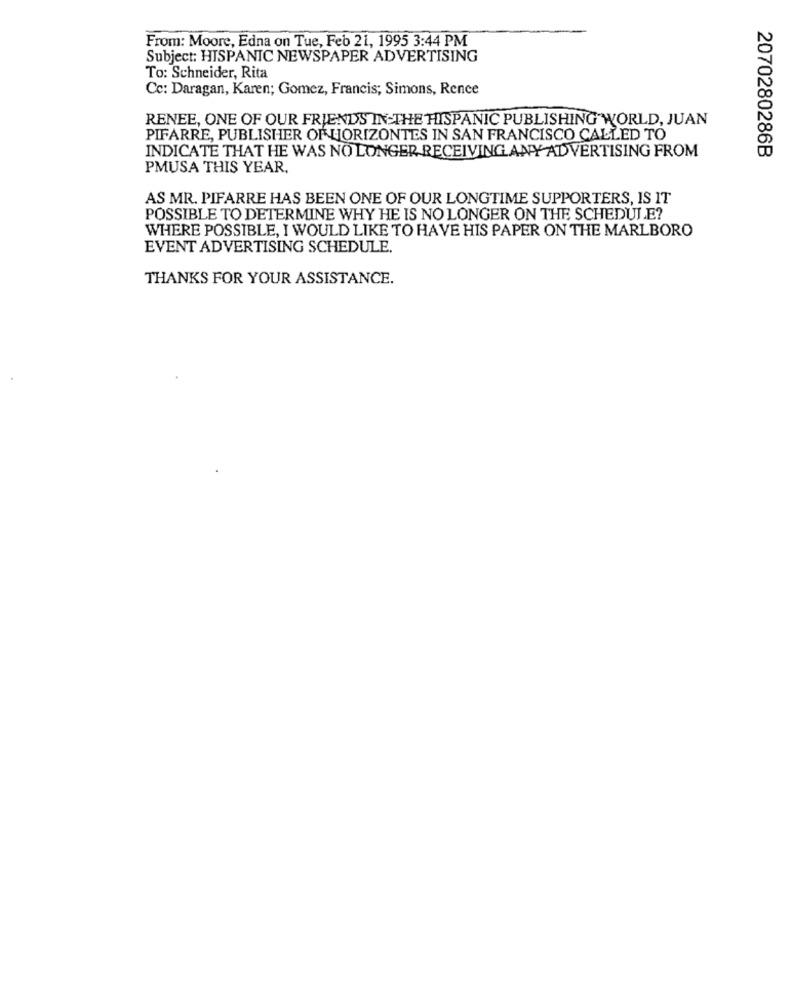
From: Moore, Edna on Tue, Feb 21, 1995 3:44 PM
Subject: HISPANIC NEWSPAPER ADVERTISING
To: Schneider, Rita
Cc: Daragan, Karen; Gomez, Francis; Simons, Rence
RENEE, ONE OF OUR FRIENDS IN-THE HISPANIC PUBLISHING WORLD, JUAN
PIFARRE, PUBLISHER OF HORIZONTES IN SAN FRANCISCO CALLED TO
INDICATE THAT HE WAS NO LONGER RECEIVING ANY ADVERTISING FROM
2070280286B
PMUSA THIS YEAR.
AS MR. PIFARRE HAS BEEN ONE OF OUR LONGTIME SUPPORTERS, IS IT
POSSIBLE TO DETERMINE WHY HE IS NO LONGER ON THE SCHEDULE?
WHERE POSSIBLE, I WOULD LIKE TO HAVE HIS PAPER ON THE MARLBORO
EVENT ADVERTISING SCHEDULE.
THANKS FOR YOUR ASSISTANCE.